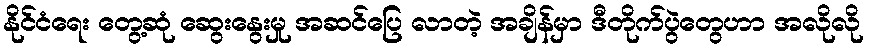
နိုင်ငံရေး တွေ့ဆုံ ဆွေးနွေးမှု အဆင်ပြေ လာတဲ့ အချိန်မှာ ဒီတိုက်ပွဲတွေဟာ အလိုလို